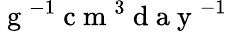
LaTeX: \mathrm{~g~}^{-1}\mathrm{~c~m~}^{3}\mathrm{~d~a~y~}^{-1}